Annual report on the mental hospital in the Central Provinces and Berar (Nagpur) - 1927-1951
Year: 1927
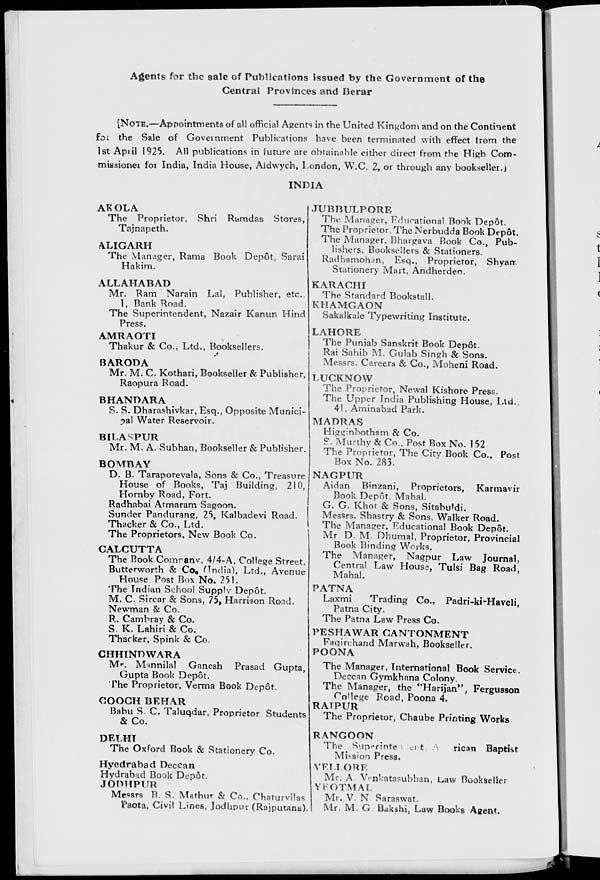
Agents for the sale of Publications issued by the Government of the
Central Provinces and Berar
[NOTE.—Appointments of all official Agents in the United Kingdom and on the Continent
for the Sale of Government Publications have been terminated with effect from the
1st April 1925. All publications in future are obtainable either direct from the High Com¬
misaioner for India, India House, Aldwych, London, W.C. 2, or through any bookseller.I
INDIA
AKOLA
The Proprietor, Shri Ramdas Stores,
Tajnapeth.
ALIGARH
The Manager, Rama Book Depôt, Sarai
Hakim.
ALLAHABAD
Mr. Ram Narain Lal, Publisher, etc.,
1, Bank Road.
The Superintendent, Nazair Kanun Hind
Press.
AMRAOTI
Thakur & Co., Ltd., Booksellers.
BARODA
Mr. M. C. Kothari, Bookseller & Publisher,
Raopura Road.
BHANDARA
S. S. Dharashivkar, Esq., Opposite Munici-
pal Water Reservoir.
BILASPUR
Mr. M. A. Subhan, Bookseller & Publisher.
BOMBAY
D. B. Taraporevala, Sons & Co., Treasure
House of Books, Taj Building, 210,
Hornby Road, Fort.
Radhabai Atmaram Sagoon.
Sunder Pandurang, 25, Kalbadevi Road.
Thacker & Co., Ltd.
The Proprietors, New Book Co.
CALCUTTA
The Book Company, 4/4-A, College Street.
Butterworth & Co. (India), Ltd., Avenue
House Post Box No. 251.
The Indian School Supply Depôt.
M. C. Sircar & Sons, 75, Harrison Road.
Newman & Co.
R. Cambray & Co.
S. K. Lahiri & Co.
Thacker, Spink & Co.
CHHINDWARA
Mr. Mannilal Ganesh Prasad Gupta,
Gupta Book Depôt.
The Proprietor, Verma Book Depôt.
COOCH BEHAR
Babu S. C. Taluqdar, Proprietor Students
& Co.
DELHI
The Oxford Book & Stationery Co.
Hyedrabad Deccan
Hydrabad Book Depôt.
JODHPUR
Messrs B. S. Mathur & Co., Chaturvilas.
Paota, Civil Lines, Jodhpur (Rajputana)
JUBBULPORE
The Manager, Educational Book Depôt.
The Proprietor, The Nerbudda Book Depôt.
The Manager. Bhargava Book Co., Pub-
lishers, Booksellers & Stationers.
Radhamohan, Esq., Proprietor, Shyam.
Stationery Mart, Andherdeo.
KARACHI
The Standard Bookstall.
KHAMGAON
Sakalkale Typewriting Institute.
LAHORE
The Punjab Sanskrit Book Depôt.
Rai Sahib M. Gulab Singh & Sons.
Messrs. Careers & Co., Moheni Road.
LUCKNOW
The Proprietor, Newal Kishore Press.
The Upper India Publishing House, Ltd..
41, Aminabad Park.
MADRAS
Higginbotham & Co.
S. Murthy & Co., Post Box No. 152
The Proprietor, The City Book Co., Post
Box No. 283.
NAGPUR
Aidan Binzani, Proprietors, Karmavir
Book Depot, Mahal.
G. G. Khot & Sons, Sitabuldi.
Messrs. Shastry & Sons, Walker Road.
The Manager, Educational Book Depot.
Mr D. M. Dhumal, Proprietor, Provincial
Book Binding Works.
The Manager, Nagpur Law Journal,
Central Law House, Tulsi Bag Road,
Mahal.
PATNA
Laxmi
Trading Co., Padri-ki-Haveli,
Patna City.
The Patna Law Press Co.
PESHAWAR CANTONMENT
Faqirchand Marwah, Bookseller.
POONA
The Manager, International Book Service.
Deccan Gymkhana Colony.
The Manager, the "Harijan", Fergusson
College Road, Poona 4.
RAIPUR
The Proprietor, Chaube Printing Works.
RANGOON
The
Superintentendent
rican Baptist
Mission Press.
VELLORE
Mr. A Venkatasubban, Law Bookseller
YEOTMAL
Mr. V. N Saraswat.
Mr. M. G. Bakshi, Law Books Agent.